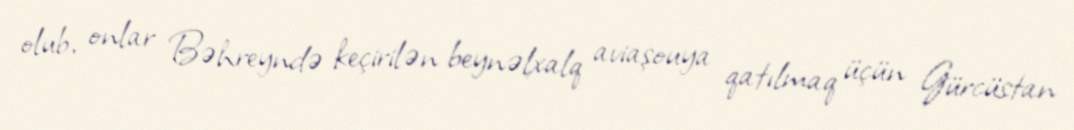
olub, onlar Bəhreyndə keçirilən beynəlxalq aviaşouya qatılmaq üçün Gürcüstan